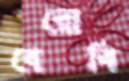
বেরোবি